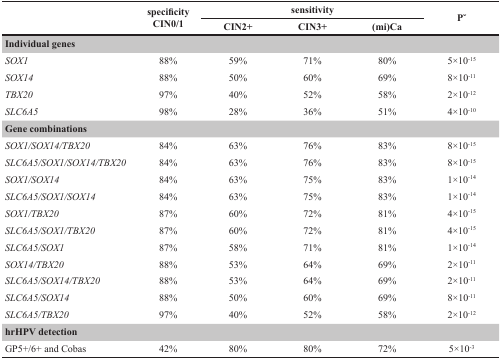
<table><thead><tr><td rowspan="2"></td><td rowspan="2"><b>specificity CIN0/1</b></td><td colspan="3"><b>sensitivity</b></td><td rowspan="2"><b>P ̆</b></td></tr><tr><td><b>CIN2+</b></td><td><b>CIN3+</b></td><td><b>(mi)Ca</b></td></tr></thead><tbody><tr><td colspan="6"><b>Individual genes</b></td></tr><tr><td><i>SOX1</i></td><td>88%</td><td>59%</td><td>71%</td><td>80%</td><td>5×10<sup>-15</sup></td></tr><tr><td><i>SOX14</i></td><td>88%</td><td>50%</td><td>60%</td><td>69%</td><td>8×10<sup>-11</sup></td></tr><tr><td><i>TBX20</i></td><td>97%</td><td>40%</td><td>52%</td><td>58%</td><td>2×10<sup>-12</sup></td></tr><tr><td><i>SLC6A5</i></td><td>98%</td><td>28%</td><td>36%</td><td>51%</td><td>4×10<sup>-10</sup></td></tr><tr><td colspan="6"><b>Gene combinations</b></td></tr><tr><td><i>SOX1/SOX14/TBX20</i></td><td>84%</td><td>63%</td><td>76%</td><td>83%</td><td>8×10<sup>-15</sup></td></tr><tr><td><i>SLC6A5/SOX1/SOX14/TBX20</i></td><td>84%</td><td>63%</td><td>76%</td><td>83%</td><td>8×10<sup>-15</sup></td></tr><tr><td><i>SOX1/SOX14</i></td><td>84%</td><td>63%</td><td>75%</td><td>83%</td><td>1×10<sup>-14</sup></td></tr><tr><td><i>SLC6A5/SOX1/SOX14</i></td><td>84%</td><td>63%</td><td>75%</td><td>83%</td><td>1×10<sup>-14</sup></td></tr><tr><td><i>SOX1/TBX20</i></td><td>87%</td><td>60%</td><td>72%</td><td>81%</td><td>4×10<sup>-15</sup></td></tr><tr><td><i>SLC6A5/SOX1/TBX20</i></td><td>87%</td><td>60%</td><td>72%</td><td>81%</td><td>4×10<sup>-15</sup></td></tr><tr><td><i>SLC6A5/SOX1</i></td><td>87%</td><td>58%</td><td>71%</td><td>81%</td><td>1×10<sup>-14</sup></td></tr><tr><td><i>SOX14/TBX20</i></td><td>88%</td><td>53%</td><td>64%</td><td>69%</td><td>2×10<sup>-11</sup></td></tr><tr><td><i>SLC6A5/SOX14/TBX20</i></td><td>88%</td><td>53%</td><td>64%</td><td>69%</td><td>2×10<sup>-11</sup></td></tr><tr><td><i>SLC6A5/SOX14</i></td><td>88%</td><td>50%</td><td>60%</td><td>69%</td><td>8×10<sup>-11</sup></td></tr><tr><td><i>SLC6A5/TBX20</i></td><td>97%</td><td>40%</td><td>52%</td><td>58%</td><td>2×10<sup>-12</sup></td></tr><tr><td colspan="6"><b>hrHPV detection</b></td></tr><tr><td>GP5+/6+ and Cobas</td><td>42%</td><td>80%</td><td>80%</td><td>72%</td><td>5×10<sup>-3</sup></td></tr></tbody></table>